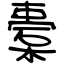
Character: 橐